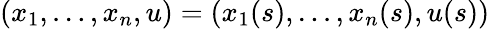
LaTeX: (x_{1},\dots,x_{n},u)=(x_{1}(s),\dots,x_{n}(s),u(s))